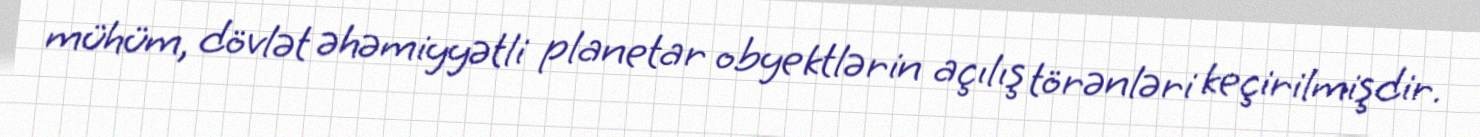
mühüm, dövlət əhəmiyyətli planetar obyektlərin açılış törənləri keçirilmişdir.